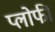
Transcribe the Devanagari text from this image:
प्लोफी